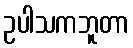
ဥပါသကဘူတာ